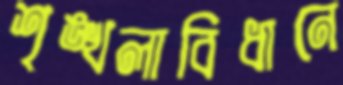
শৃঙ্খলাবিধানে